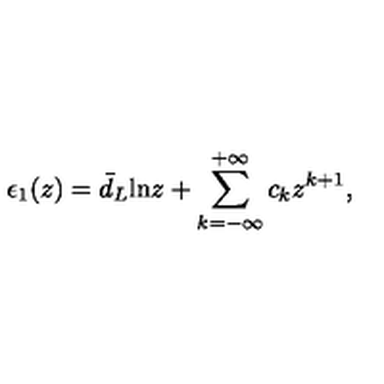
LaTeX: \epsilon _ { 1 } ( z ) = \bar { d } _ { L } \mathrm { l n } z + \sum _ { k = - \infty } ^ { + \infty } c _ { k } z ^ { k + 1 } ,